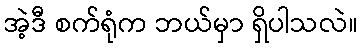
အဲ့ဒီ စက်ရုံက ဘယ်မှာ ရှိပါသလဲ။